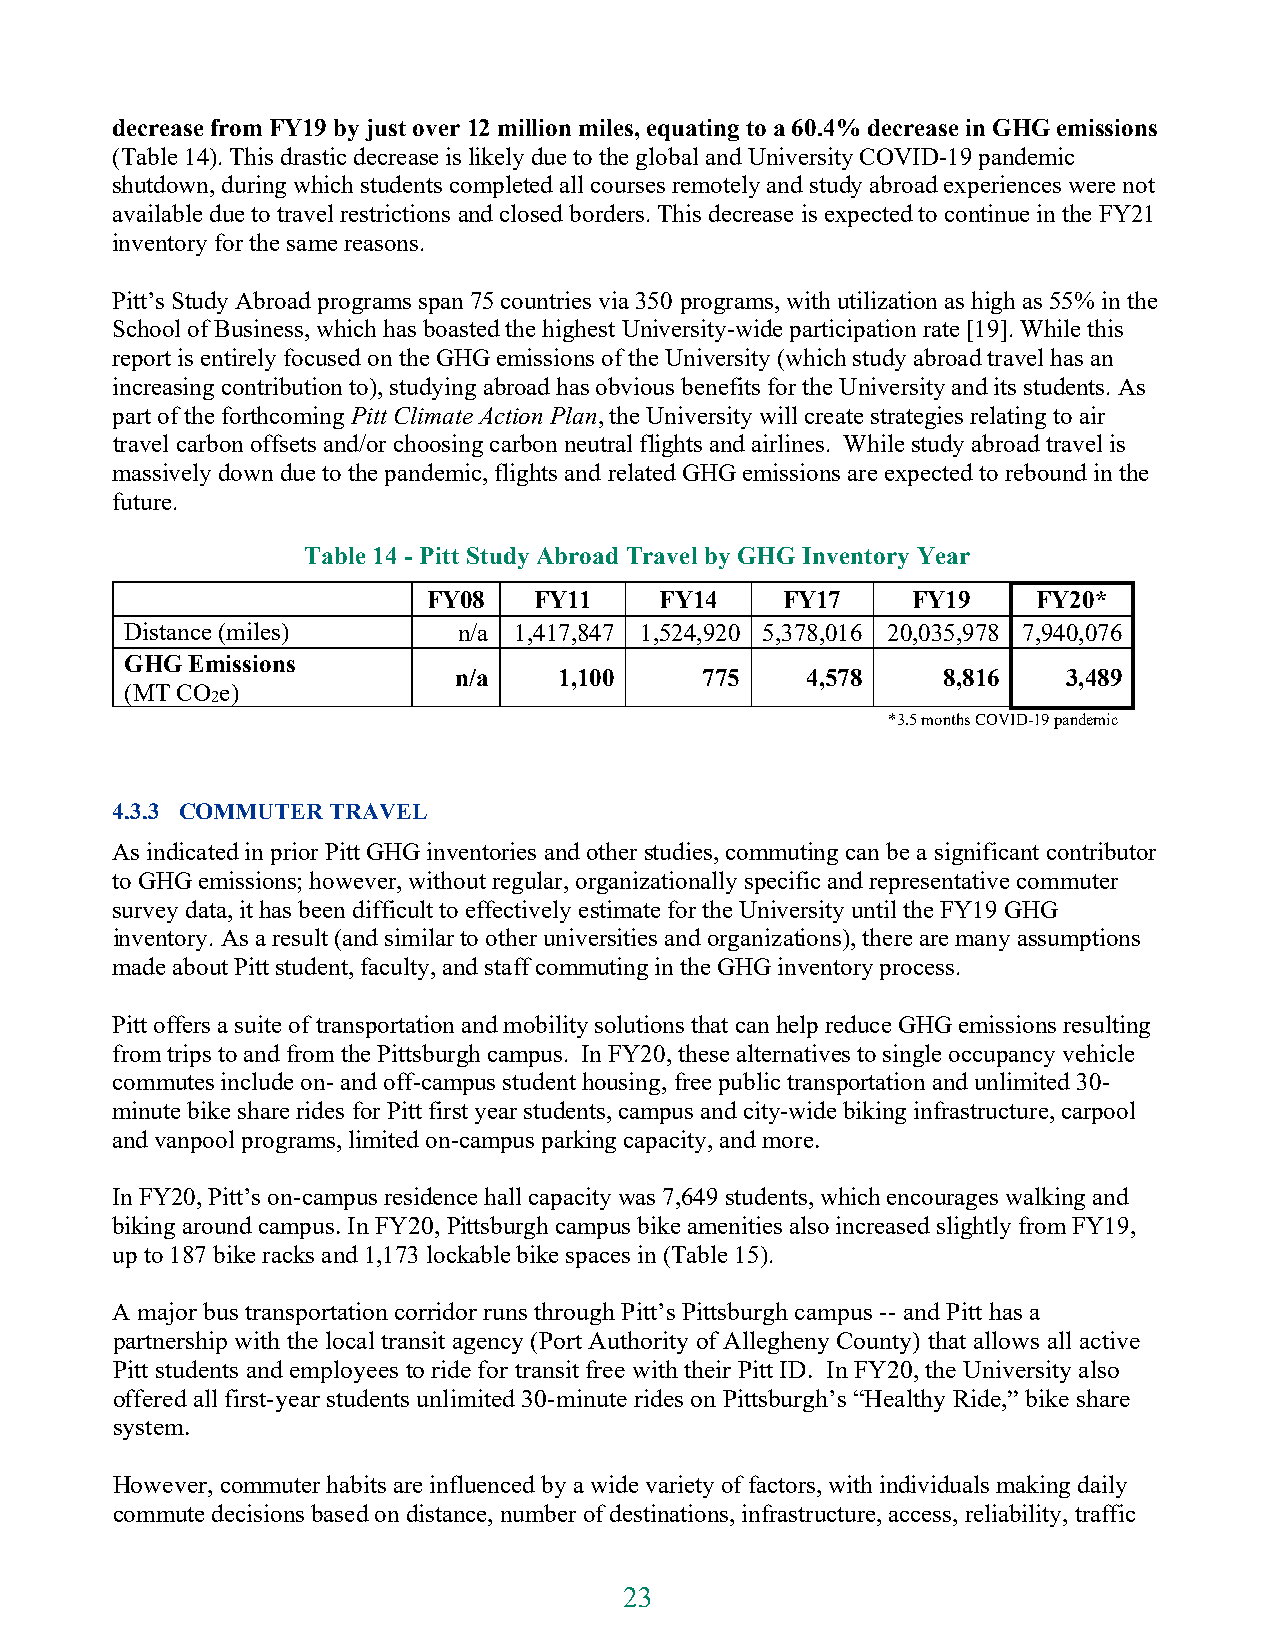
decrease from FY19 by just over 12 million miles, equating to a 60.4% decrease in GHG emissions
 (Table 14). This drastic decrease is likely due to the global and University COVID-19 pandemic
 shutdown, during which students completed all courses remotely and study abroad experiences were not
 available due to travel restrictions and closed borders. This decrease is expected to continue in the FY21
 inventory for the same reasons.
 Pitt’s Study Abroad programs span 75 countries via 350 programs, with utilization as high as 55% in the
 School of Business, which has boasted the highest University-wide participation rate [19]. While this
 report is entirely focused on the GHG emissions of the University (which study abroad travel has an
 increasing contribution to), studying abroad has obvious benefits for the University and its students. As
 part of the forthcoming Pitt Climate Action Plan, the University will create strategies relating to air
 travel carbon offsets and/or choosing carbon neutral flights and airlines. While study abroad travel is
 massively down due to the pandemic, flights and related GHG emissions are expected to rebound in the
 future.
 Table 14 - Pitt Study Abroad Travel by GHG Inventory Year
 FY08   FY11     FY14    FY17    FY19     FY20*
 Distance (miles)      n/a 1,417,847 1,524,920 5,378,016 20,035,978 7,940,076
 GHG  Emissions
 n/a    1,100     775   4,578    8,816    3,489
 (MT CO e)
 2
 *3.5 months COVID-19 pandemic
 4.3.3 COMMUTER TRAVEL
 As indicated in prior Pitt GHG inventories and other studies, commuting can be a significant contributor
 to GHG emissions; however, without regular, organizationally specific and representative commuter
 survey data, it has been difficult to effectively estimate for the University until the FY19 GHG
 inventory. As a result (and similar to other universities and organizations), there are many assumptions
 made about Pitt student, faculty, and staff commuting in the GHG inventory process.
 Pitt offers a suite of transportation and mobility solutions that can help reduce GHG emissions resulting
 from trips to and from the Pittsburgh campus. In FY20, these alternatives to single occupancy vehicle
 commutes include on- and off-campus student housing, free public transportation and unlimited 30-
 minute bike share rides for Pitt first year students, campus and city-wide biking infrastructure, carpool
 and vanpool programs, limited on-campus parking capacity, and more.
 In FY20, Pitt’s on-campus residence hall capacity was 7,649 students, which encourages walking and
 biking around campus. In FY20, Pittsburgh campus bike amenities also increased slightly from FY19,
 up to 187 bike racks and 1,173 lockable bike spaces in (Table 15).
 A major bus transportation corridor runs through Pitt’s Pittsburgh campus -- and Pitt has a
 partnership with the local transit agency (Port Authority of Allegheny County) that allows all active
 Pitt students and employees to ride for transit free with their Pitt ID. In FY20, the University also
 offered all first-year students unlimited 30-minute rides on Pittsburgh’s “Healthy Ride,” bike share
 system.
 However, commuter habits are influenced by a wide variety of factors, with individuals making daily
 commute decisions based on distance, number of destinations, infrastructure, access, reliability, traffic
 23